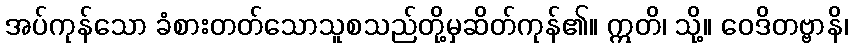
အပ်ကုန်သော ခံစားတတ်သောသူစသည်တို့မှဆိတ်ကုန်၏။ ဣတိ၊ သို့။ ဝေဒိတဗ္ဗာနိ၊